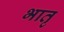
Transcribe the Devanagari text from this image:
भातृ